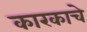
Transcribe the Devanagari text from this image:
कारकाचे